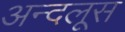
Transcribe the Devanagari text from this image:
अन्दलूस